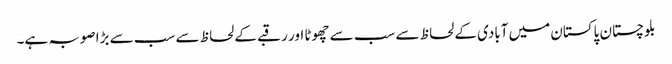
بلوچستان پاکستان میں آبادی کے لحاظ سے سب سے چھوٹا اور رقبے کے لحاظ سے سب سے بڑا صوبہ ہے۔